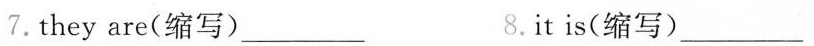
7.they are(缩写)___ 8.it is(缩写)___